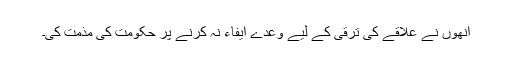
انھوں نے علاقے کی ترقی کے لیے وعدے ایفاء نہ کرنے پر حکومت کی مذمت کی۔